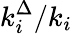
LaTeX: k_{i}^{\Delta}/k_{i}